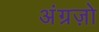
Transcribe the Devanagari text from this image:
अंग्रज़ो